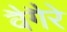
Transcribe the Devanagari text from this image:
वैगैरे